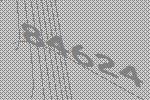
84624